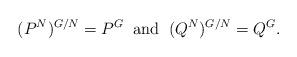
LaTeX: \begin{align*}(P^N)^{G/N}=P^G\;\;\mbox{and}\;\;(Q^N)^{G/N}=Q^G.\end{align*}